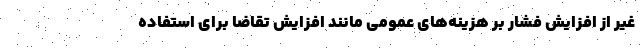
غیر از افزایش فشار بر هزینه‌های عمومی مانند افزایش تقاضا برای استفاده